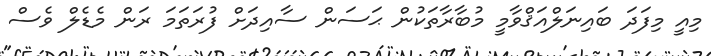
މިއީ މިފަދަ ބައިނަލްއަޤްވާމީ މުބާރާތަކުން ޙަސަން ސާއިދަށް ފުރަތަމަ ރަން މެޑެލް ވެސް